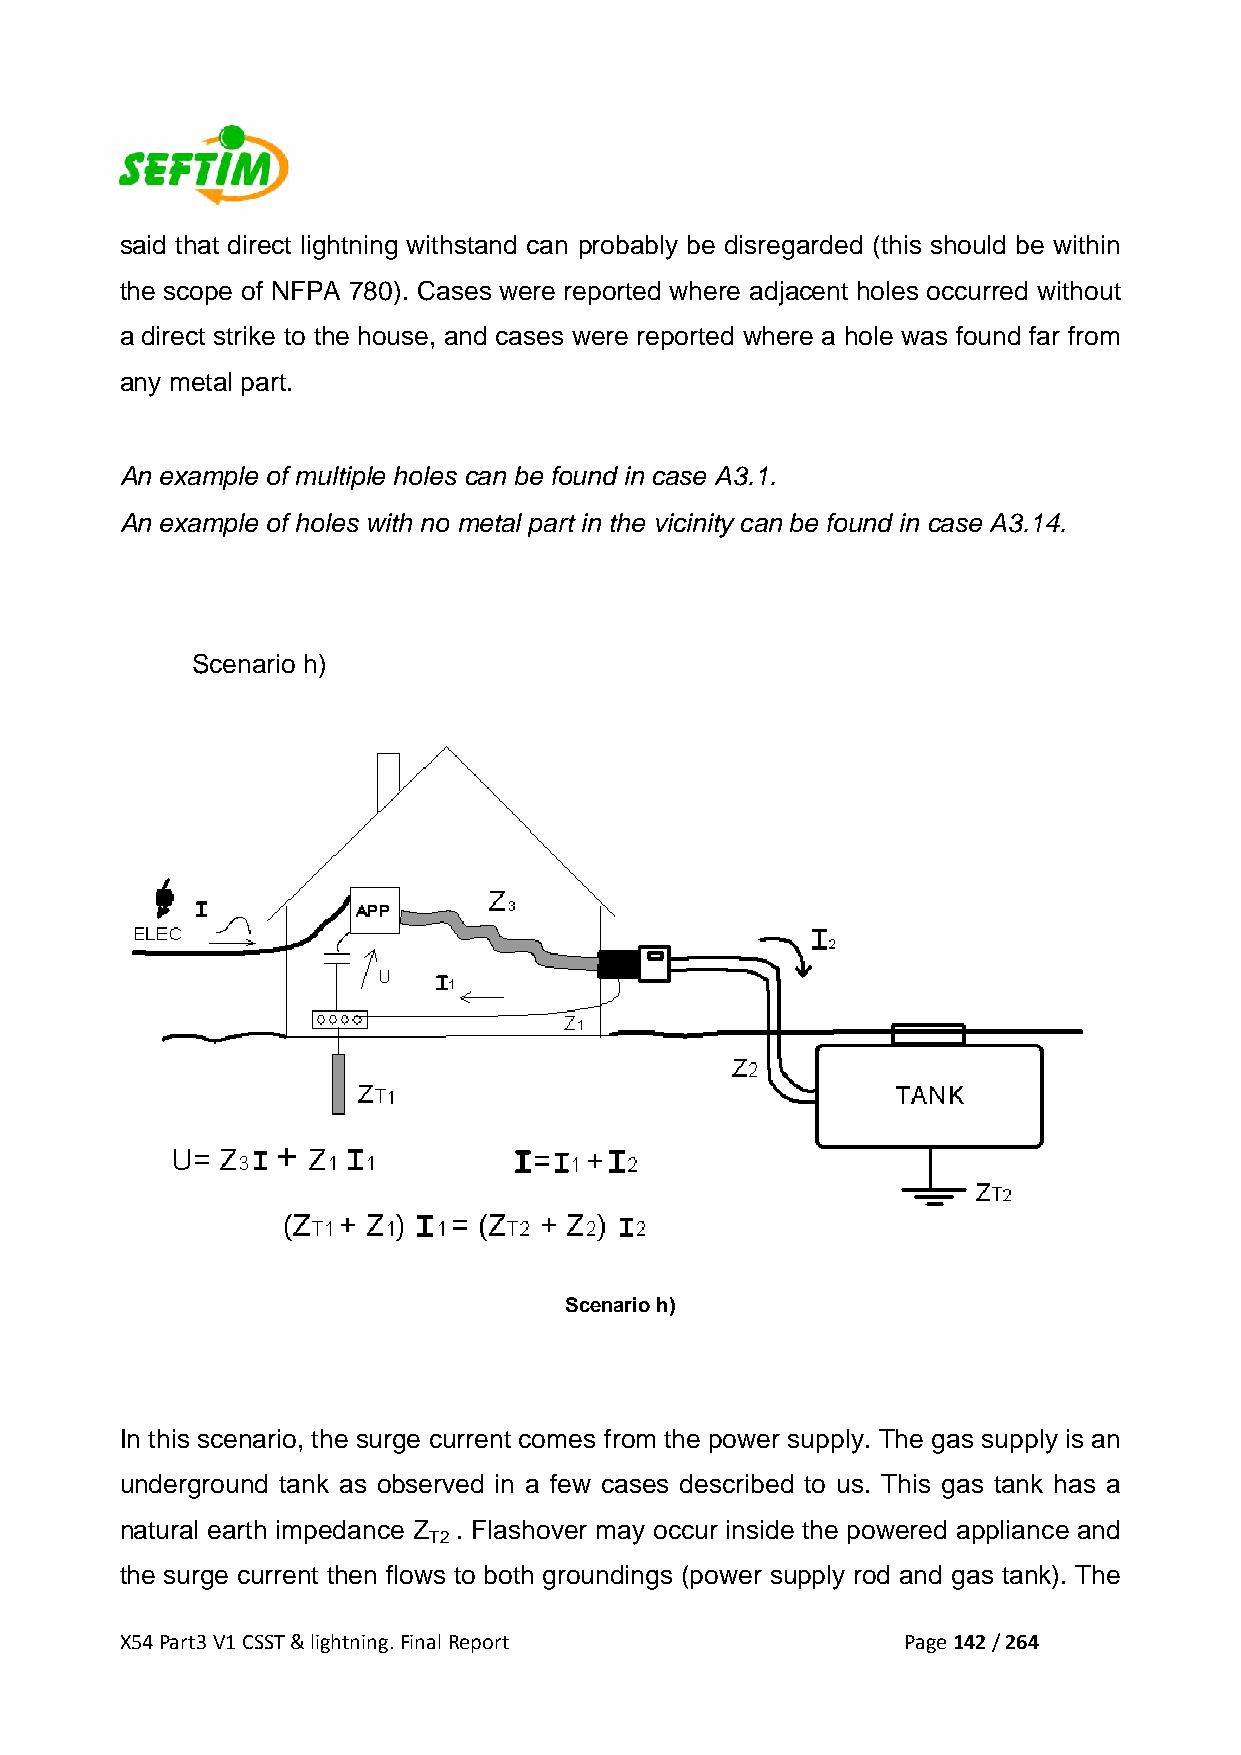
said that direct lightning withstand can probably be disregarded (this should be within
 the scope of NFPA 780). Cases were reported where adjacent holes occurred without
 a direct strike to the house, and cases were reported where a hole was found far from
 any metal part.
 An example of multiple holes can be found in case A3.1.
 An example of holes with no metal part in the vicinity can be found in case A3.14.
 Scenario h)
 Scenario h)
 In this scenario, the surge current comes from the power supply. The gas supply is an
 underground tank as observed in a few cases described to us. This gas tank has a
 natural earth impedance Z . Flashover may occur inside the powered appliance and
 T2
 the surge current then flows to both groundings (power supply rod and gas tank). The
 X54 Part3 V1 CSST & lightning. Final Report         Page 142 / 264